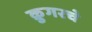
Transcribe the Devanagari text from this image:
क्रुगरचे